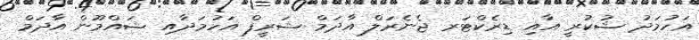
އަހުމަދު ޝުކުރީ އާއި ޑިރެކްޓަރ ޖެނެރަލް އާދަމް ޝަރީފް އަހުމަދާއި ޝައްމޫން އާދަމް